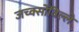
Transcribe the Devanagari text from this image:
जच्क्सोंविल्ले